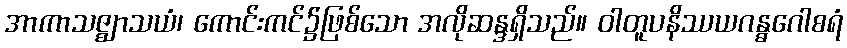
အာကာသဇ္ဈာသယံ၊ ကောင်းကင်၌ဖြစ်သော အလိုဆန္ဒရှိသည်။ ဝါတူပနိဿယဂန္ဓဂေါစရံ